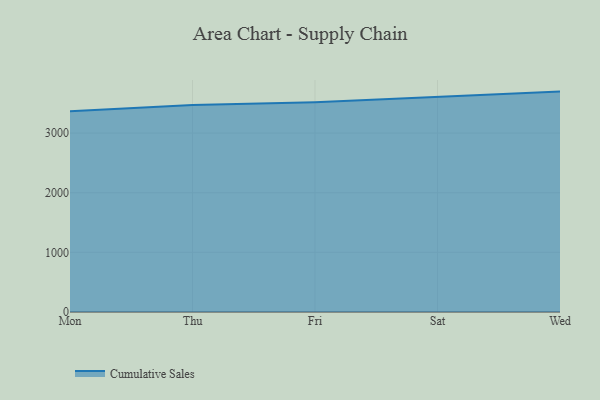
{"axis": {"x": "Day", "y": "Tickets Resolved"}, "legend": ["Cumulative Sales"], "data": [{"x": "Mon", "y": 3365.8, "type": "Cumulative Sales"}, {"x": "Thu", "y": 3468.8, "type": "Cumulative Sales"}, {"x": "Fri", "y": 3516.7, "type": "Cumulative Sales"}, {"x": "Sat", "y": 3606.7, "type": "Cumulative Sales"}, {"x": "Wed", "y": 3694.5, "type": "Cumulative Sales"}]}